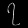
Digit: ၇